Report of the Bombay Plague Committee
Disease focus: Plague
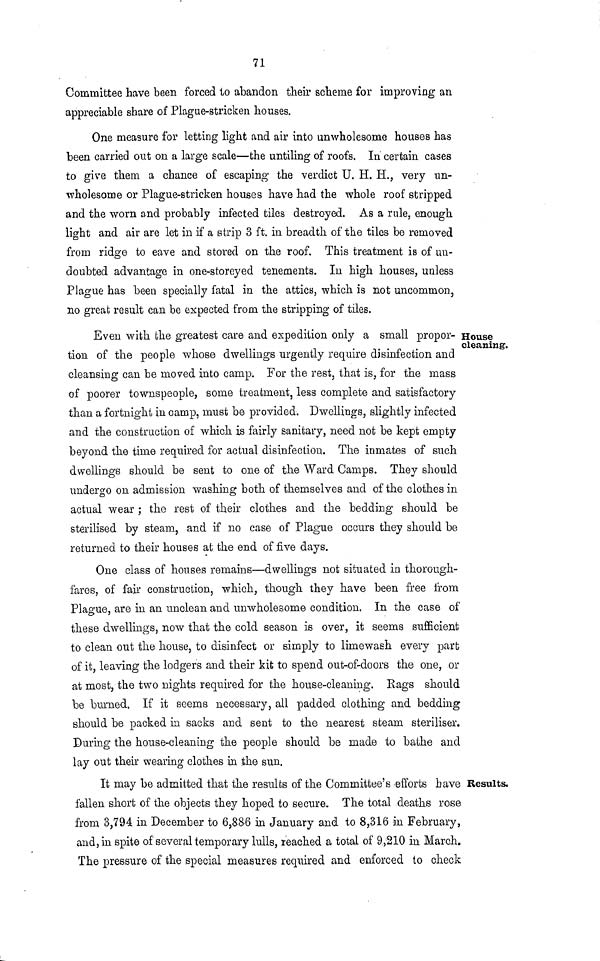
71
Committee heave been forced to abandon their scheme for improving an
appreciable share of Plague-stricken houses.
One measure for letting light and air into unwholesome houses has
been carried out on a large scale—the untiling of roofs. In certain cases
to give them a chance of escaping the verdict U. H. H., very un-
wholesome or Plague-stricken houses have had the whole roof stripped
and the worn and probably infected tiles destroyed. As a rule, enough
light and air are let in if a strip 3 ft. in breadth of the tiles be removed
from ridge to eave and stored on the roof. This treatment is of un-
doubted advantage in one-storeyed tenements. In high houses, unless
Plague has been specially fatal in the attics, which is not uncommon,
no greab result can be expected from the stripping of tiles.
House
cleaning.
Even with the greatest care and expedition only a small propor-
tion of the people whose dwellings urgently require disinfection and
cleansing can be moved into camp. For the rest, that is, for the mass
of poorer townspeople, some treatment, less complete and satisfactory
than a fortnight in camp, must be provided. Dwellings, slightly infected
and the construction of which is fairly sanitary, need not be kept empty
beyond the time required for actual disinfection. The inmates of such
dwellings should be sent to one of the Ward Camps. They should
undergo on admission washing both of themselves and of the clothes in
actual wear ; the rest of their clothes and the bedding should be
sterilised by steam, and if no case of Plague occurs they should be
returned to their houses at the end of five days.
One class of houses remains—dwellings not situated in thorough-
fares, of fair construction, which, though they have been free from
Plague, are in an unclean and unwholesome condition. In the case of
these dwellings, now that the cold season is over, it seems sufficient
to clean out the house, to disinfect or simply to limewash every part
of it, leaving the lodgers and their kit to spend out-of-doors the one, or
at most, the two nights required for the house-cleaning. Rags should
be burned. If it seems necessary, all padded clothing and bedding
should be packed in sacks and sent to the nearest steam steriliser.
During the house-cleaning the people should be made to bathe and
lay out their wearing clothes in the sun.
Results.
It may be admitted that the results of the Committee's efforts have
fallen short of the objects they hoped to secure. The total deaths rose
from 3,794 in December to 6,886 in January and to 8,316 in February,
and, in spite of several temporary lulls, leached a total of 9,210 in March.
The pressure of the special measures required and enforced to check